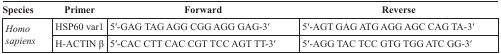
| Species | Primer | Forward | Reverse |
 | --- | --- | --- | --- |
 | <ROWSPAN=2> Homo sapiens | HSP60 var1 | 5′-GAG TAG AGG CGG AGG GAG-3′ | 5′-AGT GAG ATG AGG AGC CAG TA-3′ |
 | H-ACTIN β | 5′-CAC CTT CAC CGT TCC AGT TT-3′ | 5′-AGG TAC TCC GTG TGG ATC GG-3′ |